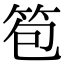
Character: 笣